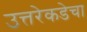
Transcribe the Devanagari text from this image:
उत्तरेकडेचा